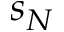
s _ { N }